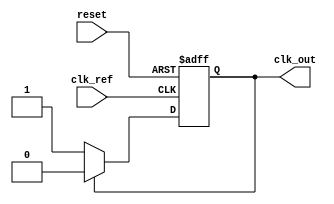
module PLL (
    input wire clk_ref,          // Reference clock input
    input wire reset,           // Reset signal
    output wire clk_out         // Output clock
);

// Parameters
parameter MEMORY_SIZE = 8;    // Size of memory blocks
parameter VCO_MAX_FREQ = 100; // Max frequency of VCO
parameter VCO_MIN_FREQ = 10;  // Min frequency of VCO

// Internal signals
reg [MEMORY_SIZE-1:0] memory; // Memory blocks
reg [7:0] phase_error;         // Phase error signal
reg [7:0] control_voltage;     // Control voltage for VCO
reg clk_vco;                   // Output clock from VCO
reg [7:0] vco_freq;            // VCO frequency control

// Phase Detector (PD)
always @(posedge clk_ref or posedge reset) begin
    if (reset) begin
        phase_error <= 0;
    end else begin
        // Simple phase comparison logic (you may need a more complex implementation)
        if (clk_ref && !clk_vco) begin
            phase_error <= phase_error + 1; // Increase phase error
        end else if (!clk_ref && clk_vco) begin
            phase_error <= phase_error - 1; // Decrease phase error
        end
    end
end

// Loop Filter (LF)
always @(posedge clk_ref or posedge reset) begin
    if (reset) begin
        control_voltage <= 0;
    end else begin
        // Simple integrator for control voltage
        control_voltage <= control_voltage + phase_error[7:0]; // Integrate phase error
    end
end

// Voltage-Controlled Oscillator (VCO)
always @(posedge clk_ref or posedge reset) begin
    if (reset) begin
        vco_freq <= VCO_MIN_FREQ;
        clk_vco <= 0;
    end else begin
        // Adjust VCO frequency based on control voltage
        vco_freq <= VCO_MIN_FREQ + control_voltage[7:0] % (VCO_MAX_FREQ - VCO_MIN_FREQ);
        // Generate clock output based on VCO frequency
        clk_vco <= (clk_vco == 0) ? 1 : 0; // Toggle the clock
    end
end

// Feedback mechanism
assign clk_out = clk_vco;

// Memory blocks control logic
always @(posedge clk_ref or posedge reset) begin
    if (reset) begin
        memory <= 0; // Reset memory
    end else begin
        // Example: Update memory based on phase_error
        if (phase_error > 128) begin
            memory <= memory + 1; // Increment memory for certain conditions
        end else if (phase_error < 128) begin
            memory <= memory - 1; // Decrement memory for certain conditions
        end
    end
end

endmodule